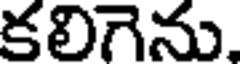
కలిగెను.